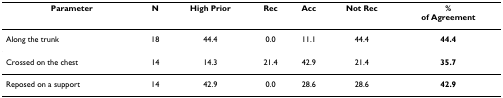
<table><thead><tr><td><b>Parameter</b></td><td><b>N</b></td><td><b>High Prior</b></td><td><b>Rec</b></td><td><b>Acc</b></td><td><b>Not Rec</b></td><td><b>%of Agreement</b></td></tr></thead><tbody><tr><td>Along the trunk</td><td>18</td><td>44.4</td><td>0.0</td><td>11.1</td><td>44.4</td><td><b>44.4</b></td></tr><tr><td>Crossed on the chest</td><td>14</td><td>14.3</td><td>21.4</td><td>42.9</td><td>21.4</td><td><b>35.7</b></td></tr><tr><td>Reposed on a support</td><td>14</td><td>42.9</td><td>0.0</td><td>28.6</td><td>28.6</td><td><b>42.9</b></td></tr></tbody></table>